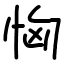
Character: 恟